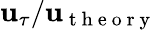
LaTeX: \mathbf{u}_{\tau}/\mathbf{u}_{\mathrm{{~t~h~e~o~r~y~}}}